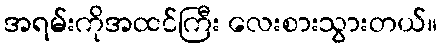
အရမ်းကိုအထင်ကြီး လေးစားသွားတယ်။